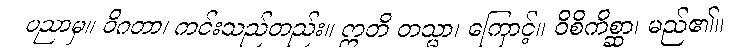
ပညာမှ။ ဝိဂတာ၊ ကင်းသည်တည်း။ ဣတိ တသ္မာ၊ ကြောင့်။ ဝိစိကိစ္ဆာ၊ မည်၏။